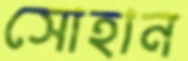
সোহান